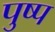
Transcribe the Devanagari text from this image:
पुष्प